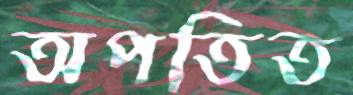
অপতিত